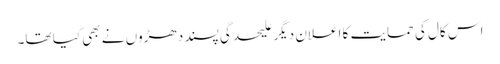
اس کال کی حمایت کا اعلان دیگر علیحدگی پسند دھڑوں نے بھی کیا تھا۔